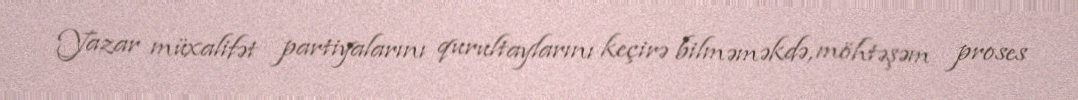
Yazar müxalifət partiyalarını qurultaylarını keçirə bilməməkdə, möhtəşəm proses